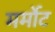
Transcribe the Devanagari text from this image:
मर्मोट